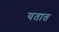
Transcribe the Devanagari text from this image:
यतात